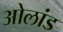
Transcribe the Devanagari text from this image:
ओलांड